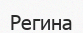
Регина